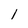
Character: 1